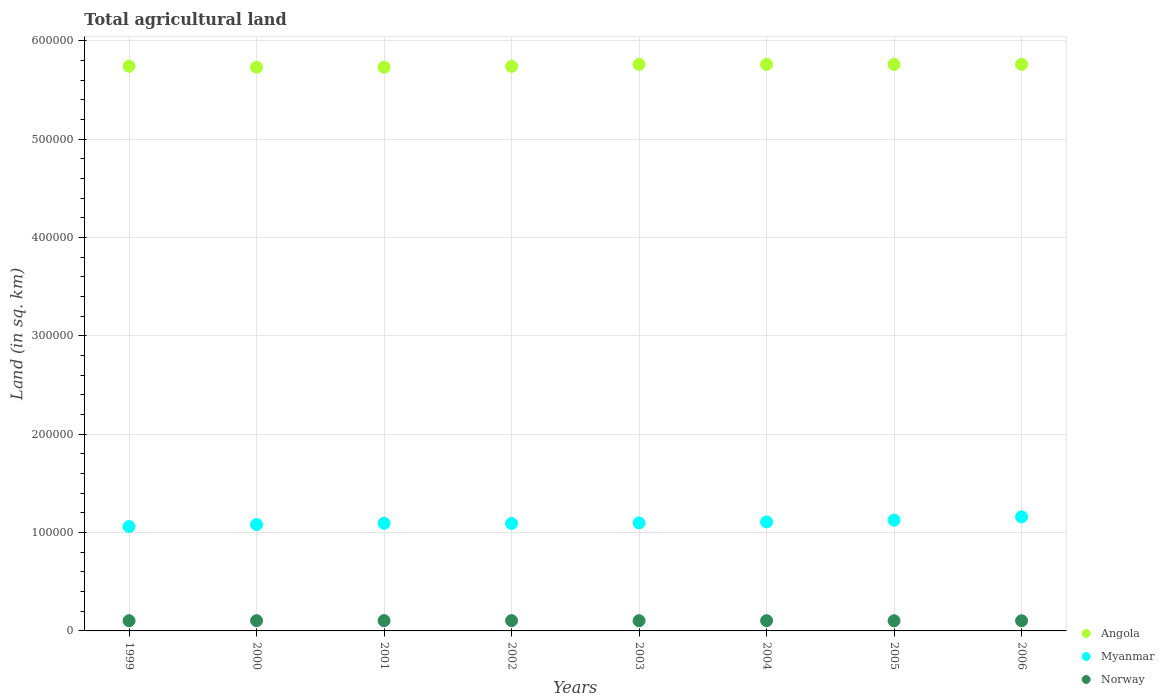
| Years | Angola | Myanmar | Norway |
 | --- | --- | --- | --- |
 | 1999 | 5.74e+05 | 1.06e+05 | 1.04e+04 |
 | 2000 | 5.73e+05 | 1.08e+05 | 1.04e+04 |
 | 2001 | 5.73e+05 | 1.09e+05 | 1.05e+04 |
 | 2002 | 5.74e+05 | 1.09e+05 | 1.05e+04 |
 | 2003 | 5.76e+05 | 1.1e+05 | 1.04e+04 |
 | 2004 | 5.76e+05 | 1.11e+05 | 1.04e+04 |
 | 2005 | 5.76e+05 | 1.13e+05 | 1.04e+04 |
 | 2006 | 5.76e+05 | 1.16e+05 | 1.04e+04 |